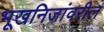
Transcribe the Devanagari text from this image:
भूखनिजांवरील